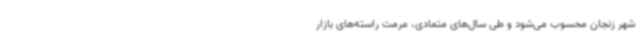
شهر زنجان محسوب می‌شود و طی سال‌های متمادی، مرمت راسته‌های بازار